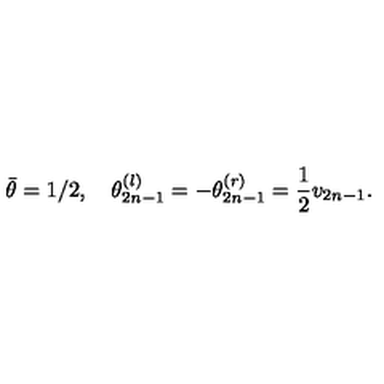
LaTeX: \bar { \theta } = 1 / 2 , \quad \theta _ { 2 n - 1 } ^ { \left( l \right) } = - \theta _ { 2 n - 1 } ^ { \left( r \right) } = \frac { 1 } { 2 } v _ { 2 n - 1 } .